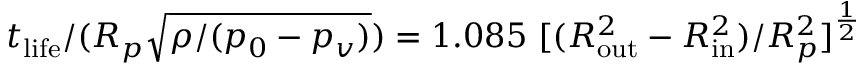
t _ { \mathrm { l i f e } } / ( R _ { p } \sqrt { \rho / ( p _ { 0 } - p _ { v } ) } ) = 1 . 0 8 5 ~ [ ( R _ { \mathrm { o u t } } ^ { 2 } - R _ { \mathrm { i n } } ^ { 2 } ) / R _ { p } ^ { 2 } ] ^ { \frac { 1 } { 2 } }